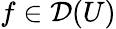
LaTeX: f\in{\mathcal{D}}(U)